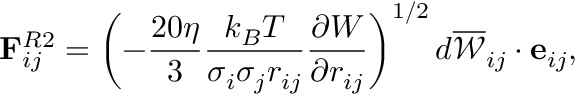
\mathbf { F } _ { i j } ^ { R 2 } = \left( - \frac { 2 0 \eta } { 3 } \frac { k _ { B } T } { \sigma _ { i } \sigma _ { j } r _ { i j } } \frac { \partial { W } } { \partial { r _ { i j } } } \right) ^ { 1 / 2 } d \overline { { \mathscr { W } } } _ { i j } \cdot \mathbf { e } _ { i j } ,